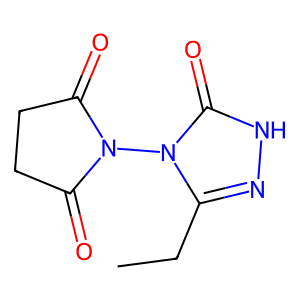
SMILES: CCc1n[nH]c(=O)n1N1C(=O)CCC1=O
Inhibits HIV replication: No